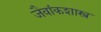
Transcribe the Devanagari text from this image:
जैवांकशास्त्र